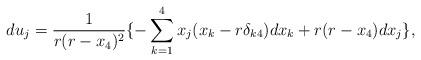
LaTeX: \begin{align*}du_j=\frac1{r(r-x_4)^2}\{-\sum_{k=1}^4x_j(x_k-r\delta_{k4})dx_k+r(r-x_4)dx_j\},\end{align*}